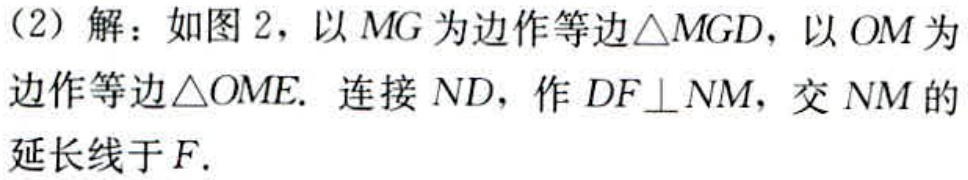
（2）解：如图2，以\(MG\)为边作等边\(\triangle MGD\)，以\(OM\)为边作等边\(\triangle OME\). 连接\(ND\)，作\(DF\perp NM\)，交\(NM\)的延长线于\(F\).